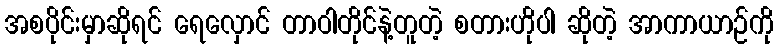
အစပိုင်းမှာဆိုရင် ရေလှောင် တာဝါတိုင်နဲ့တူတဲ့ စတားဟိုပါ ဆိုတဲ့ အာကာယာဉ်ကို